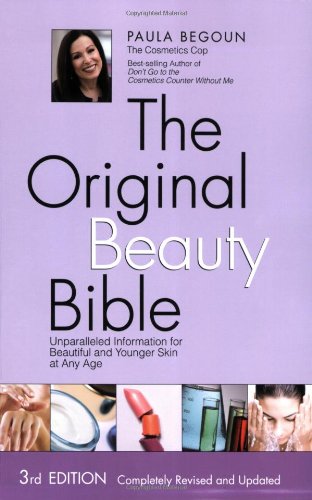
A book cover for The Original Beauty Bible: Skin Care Facts for Ageless Beauty; Paula Begoun; Health, Fitness & Dieting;